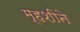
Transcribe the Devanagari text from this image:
म्हशीने